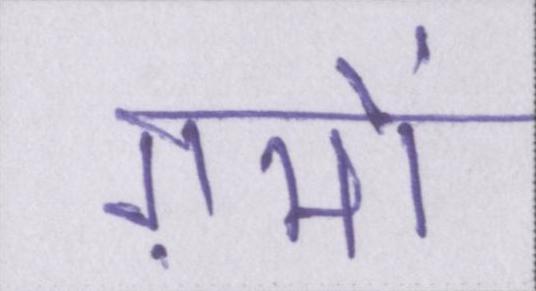
ग़मों